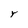
Character: r